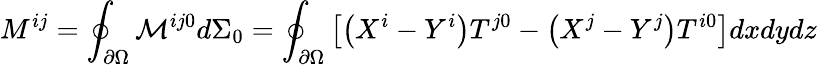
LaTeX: M^{ij}=\oint_{\partial\Omega}{\mathcal{M}}^{ij0}d\Sigma_{0}=\oint_{\partial\Omega}\left[\left(X^{i}-Y^{i}\right)T^{j0}-\left(X^{j}-Y^{j}\right)T^{i0}\right]dxdydz